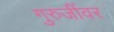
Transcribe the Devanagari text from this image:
गुरुजींवर